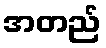
အတည်